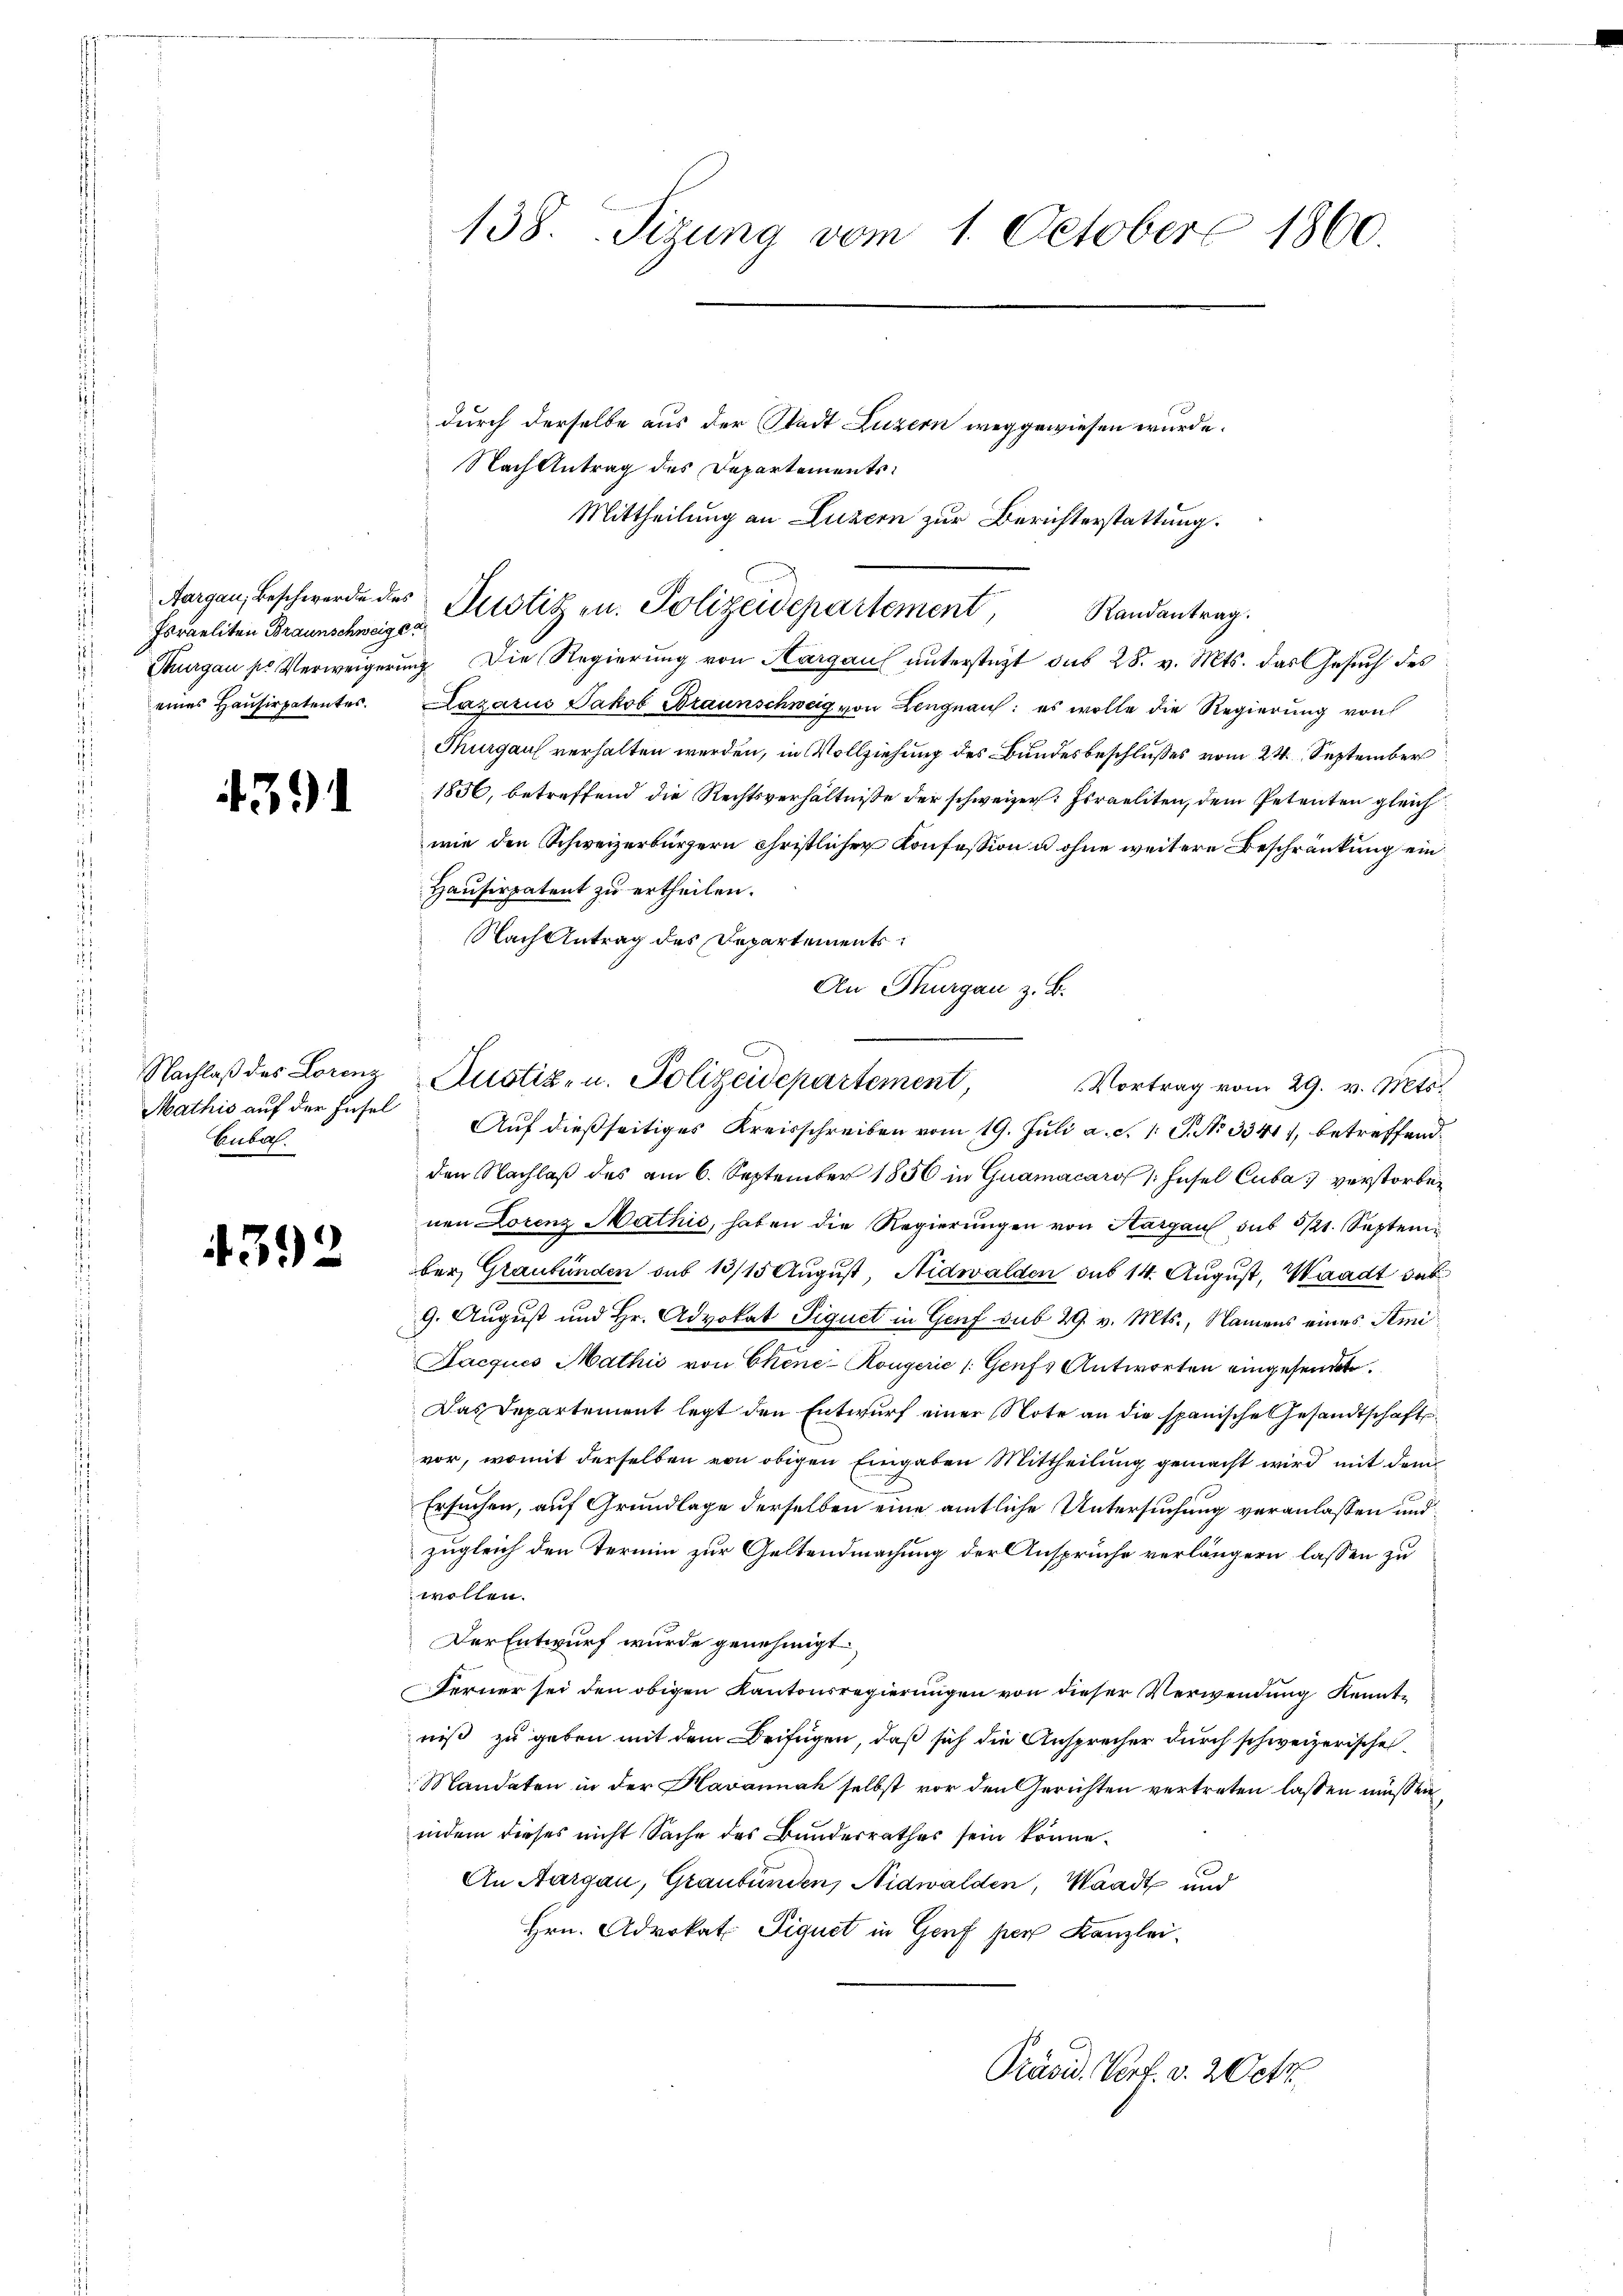
Aargau, Beschwerde des
eines Hausirpatentes.

4391

Aubal

4392

138. Sigung vom 1. October 1860.

durch derselbe aus der Stadt Luzern weggewiesen wurde.
Nach Antrag des Departements¬
Mittheilung an Luzern zur Berichterstattung.

Foraeliten Braunschweiz u. Altstitz u. Polizeidepartement, Randantrag.
Thurgau so Verweigerŭng die Regierŭng von Hargau ŭnterstüzt das 28. v. Mts. das Gesŭch des

Nachlaβ des Lorenz Gustiz- u. Polizeidepartement,

An Thurgau z. B.

Lazarus Jakob Braunschweig von Lengnau: es wolle die Regierung von
Purgau verhalten werden, in Vollziehung des Bundesbeschlußes vom 24. September
1856, betreffend die Rechtsverhältnisse der schweizer: Israeliten, dem Petenten gleich
wie den Schweizerbürgern christlicher Konfession u ohne weitere Beschränkung ein
Hausirpatent zu ertheilen.
Nach Antrag des Departements¬
Vortrag vom 29. v. Mts.
Mathis auf der Insel Auf dießseitiges Kreisschreiben vom 19. Juli a. c. 1. P. No 33411, betreffend
den Nachlaß des am 6. September 1856 in Guamacaro /: Insel Cuba, verstorben
nen Lorenz Mathis, haben die Regierŭngen von Aargau sub 311. Septem
ber, Graubünden sub 13/15 August, Nidwalden sub 14. August, Waadt sub
9. August und Hr. Advokat Piquet in Genf sub 29. v. Mts., Namens eines Semi¬
Lacques Mathis von Chene-Kougerie /: Genfs Antworten eingesendete.
Das Departement legt den Entwurf einer Note an die spanische Gesandtschaft
vor, womit derselben von obigen Eingaben Mittheilung gemacht wird mit dem
Ersuchen, auf Grundlage derselben eine amtliche Untersuchung veranlassen und
zugleich den Termin zur Geltendmachung der Ansprüche verlängern lassen zu
wollen.
Der Entwurf wurde genehmigt,
Ferner sei den obigen Kantonsregierungen von dieser Verwendung Kenntniß zu geben mit dem Beifügen, daß sich die Ansprecher durch schweizerische
Mandaten in der Havannah selbst vor den Gerichten vertreten lassen müssen,
indem dieses nicht Sache des Bundesrathes sein könne.
An Aargau, Graubünden, Nidwalden, Waadt und
Hrn. Advokat Piquet in Genf per Kanzlei.
Präsid. Verf. v. 20 tr